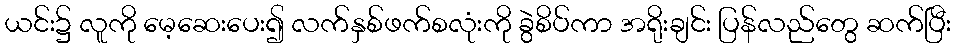
ယင်း၌ လူကို မေ့ဆေးပေး၍ လက်နှစ်ဖက်စလုံးကို ခွဲစိပ်ကာ အရိုးချင်း ပြန်လည်တွေ ဆက်ပြီး